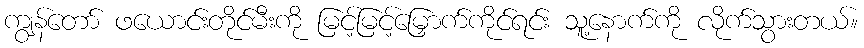
ကျွန်တော် ဖယောင်းတိုင်မီးကို မြင့်မြင့်မြှောက်ကိုင်ရင်း သူ့နောက်ကို လိုက်သွားတယ်။